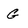
Character: G